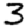
Digit: 3